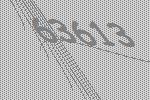
63613